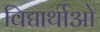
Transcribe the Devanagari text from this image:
विद्यार्थीओ